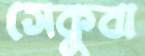
সেকুবা